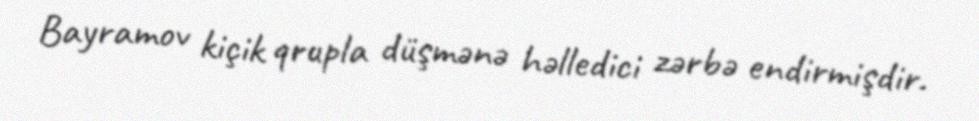
Bayramov kiçik qrupla düşmənə həlledici zərbə endirmişdir.